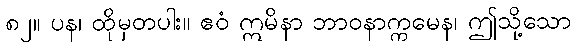
၈၂။ ပန၊ ထိုမှတပါး။ ဧဝံ ဣမိနာ ဘာဝနာက္ကမေန၊ ဤသို့သော